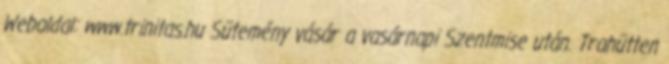
Weboldal: www.trinitas.hu Sütemény vásár a vasárnapi Szentmise után. Trahütten